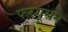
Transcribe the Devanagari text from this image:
फरगूसन